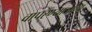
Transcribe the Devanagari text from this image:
वापरण्याजोगा